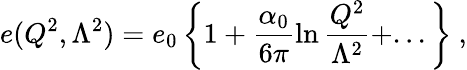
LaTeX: e(Q^{2},\Lambda^{2})=e_{0}\left\{ 1+\frac{\alpha_{0}}{6\pi}\ln\frac{Q^{2}}{\Lambda^{2}}+...\right\} ~,